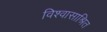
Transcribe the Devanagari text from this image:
विश्वासाश्रित